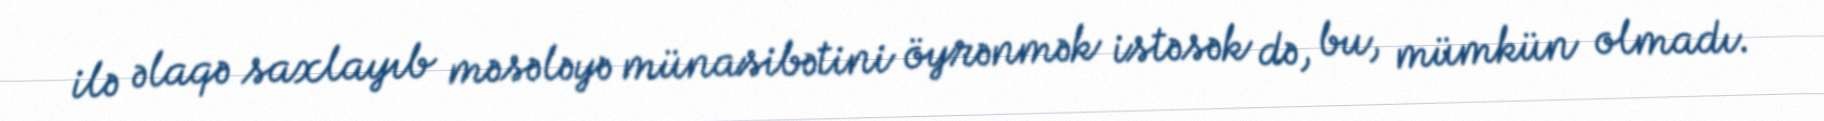
ilə əlaqə saxlayıb məsələyə münasibətini öyrənmək istəsək də, bu, mümkün olmadı.